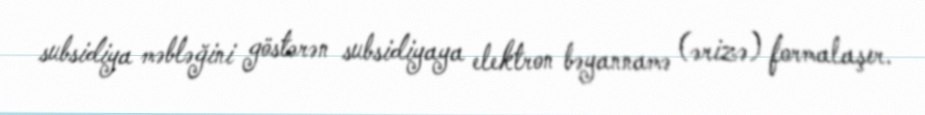
subsidiya məbləğini göstərən subsidiyaya elektron bəyannamə (ərizə) formalaşır.